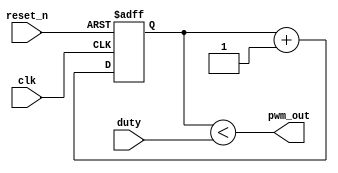
`timescale 1ns / 1ps
//////////////////////////////////////////////////////////////////////////////////
// Company: 
// Engineer: 
// 
// Design Name: 
// Module Name:    PWM_Pro 
// Project Name: 
// Target Devices: 
// Tool versions: 
// Description: 
//
// Dependencies: 
//
// Revision: 
// Revision 0.01 - File Created
// Additional Comments: 
//
//////////////////////////////////////////////////////////////////////////////////
module PWM_Pro
 #(parameter R=8)(
 input clk,
 input reset_n,
 input [R-1:0] duty,
 
 output pwm_out
    );
	 
	 //wire tick;
	 reg [R-1:0] Q_reg, Q_next;
	 always @(posedge clk, negedge reset_n)
	 begin
		if(~reset_n)
			Q_reg <= 'b0;
		
		else
			Q_reg <= Q_next;
	end
	
	always@(*)
	begin
		Q_next = Q_reg +1;
	end
	
	assign pwm_out = (Q_reg < duty);
	
	



endmodule